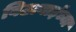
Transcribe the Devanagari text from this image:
विठाबाईंच्या